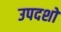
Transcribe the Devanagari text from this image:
उपदशों